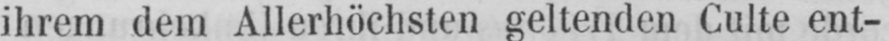
ihrem dem Allerhöchsten geltenden Culte ent-